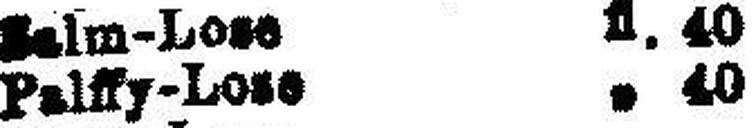
Palffy-Lose " 40